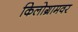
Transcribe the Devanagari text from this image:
किलोग्रामवर